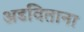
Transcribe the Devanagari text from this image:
अडविताना